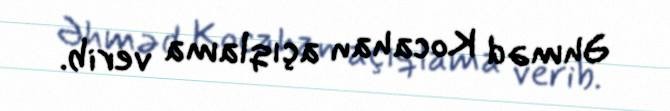
Əhməd Kocahan açıqlama verib.